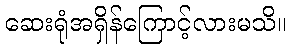
ဆေးရုံအရှိန်ကြောင့်လားမသိ။